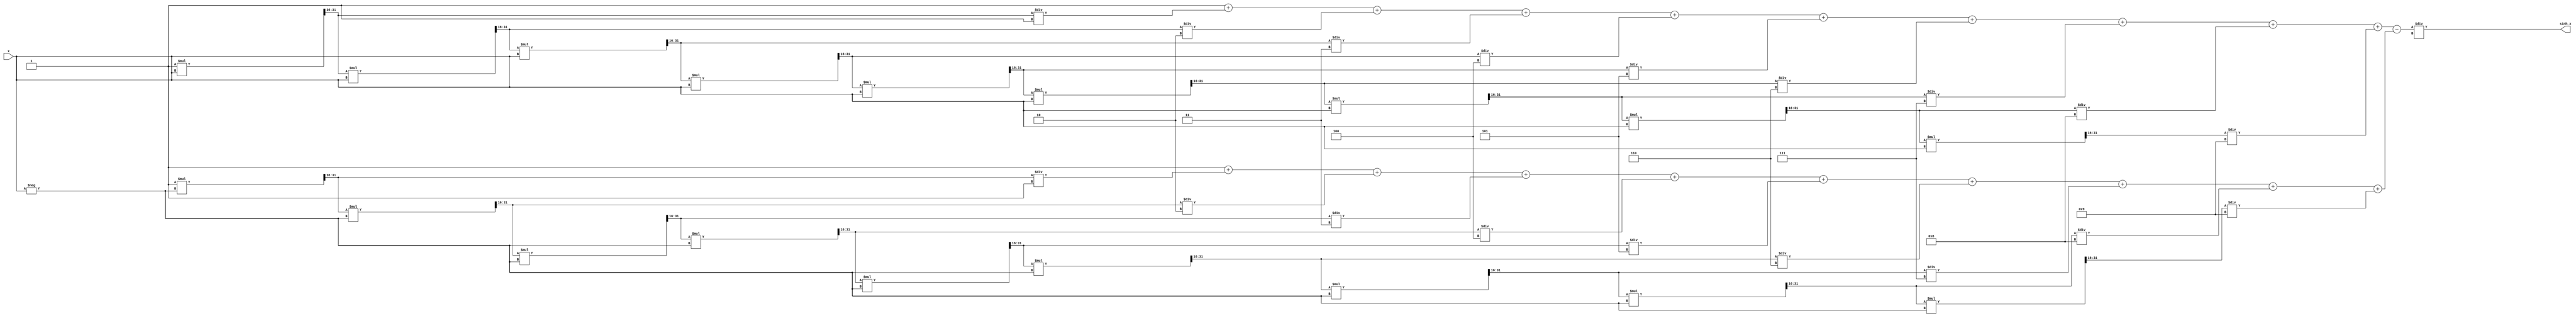
module sinh_block (
    input wire [31:0] x,          // Input: Fixed-point representation of x
    output reg [31:0] sinh_x      // Output: Fixed-point representation of sinh(x)
);

    // Constants for Taylor series expansion
    parameter integer N = 10;     // Number of terms in the Taylor series
    reg [31:0] exp_x;             // Variable to hold e^x
    reg [31:0] exp_neg_x;         // Variable to hold e^(-x)
    reg [31:0] numerator;          // Variable to hold e^x - e^(-x)
    reg [31:0] denominator;        // Constant value of 2

    // Function to compute e^x using Taylor series
    function [31:0] exp_taylor;
        input [31:0] x;
        integer i;
        reg [31:0] term;
        reg [31:0] sum;
        begin
            sum = 32'h00000001; // e^0 = 1
            term = 32'h00000001; // First term (x^0 / 0!)
            for (i = 1; i < N; i = i + 1) begin
                term = (term * x) >> 16; // x^i / i! (fixed-point division)
                sum = sum + term / i;    // Add term to sum
            end
            exp_taylor = sum;
        end
    endfunction

    // Always block to compute sinh(x)
    always @(*) begin
        // Compute e^x and e^(-x)
        exp_x = exp_taylor(x);
        exp_neg_x = exp_taylor(-x);
        
        // Compute sinh(x) = (e^x - e^(-x)) / 2
        numerator = exp_x - exp_neg_x;
        sinh_x = numerator / denominator; // Division by 2
    end

endmodule